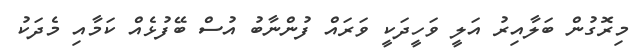
މިރޮގުން ބަލާއިރު އަލީ ވަހީދަކީ ވަރައް ފުންނާބު އުސް ބޭފުޅެއް ކަމާއި މެދަކު